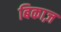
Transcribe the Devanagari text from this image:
बिकाज़